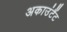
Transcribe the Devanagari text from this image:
अकाउंटैंट